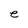
Character: e